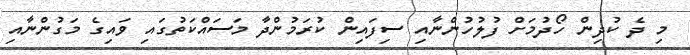
މި ދެ ކުދިން ހޯދުމަށް ފުލުހުންނާއި ސިފައިން ކުރަމުންދާ މަސައްކަތުގައި ވައިގެ މަގުންނާއި